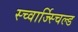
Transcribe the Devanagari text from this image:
स्च्वार्ज्स्चिल्ड